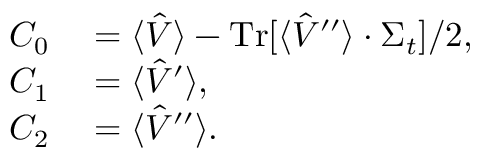
\begin{array} { r l } { C _ { 0 } } & { { } = \langle \hat { V } \rangle - \operatorname * { T r } [ \langle \hat { V } ^ { \prime \prime } \rangle \cdot \Sigma _ { t } ] / 2 , } \\ { C _ { 1 } } & { { } = \langle \hat { V } ^ { \prime } \rangle , } \\ { C _ { 2 } } & { { } = \langle \hat { V } ^ { \prime \prime } \rangle . } \end{array}